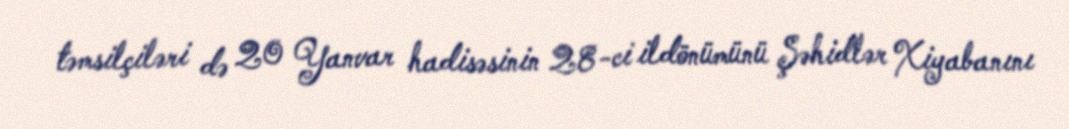
təmsilçiləri də 20 Yanvar hadisəsinin 28-ci ildönümünü Şəhidlər Xiyabanını